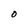
Character: O